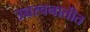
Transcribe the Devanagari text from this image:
उच्चस्वनातीत